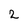
Character: 2